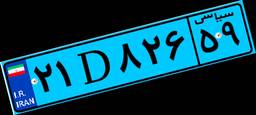
۲۱D۸۲۶۵۹